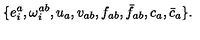
\{ e _ { i } ^ { a } , \omega _ { i } ^ { a b } , u _ { a } , v _ { a b } , f _ { a b } , \bar { f } _ { a b } , c _ { a } , \bar { c } _ { a } \} .